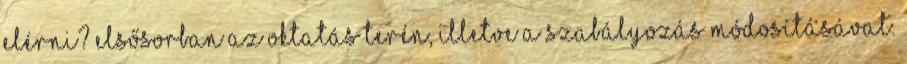
elérni? Elsősorban az oktatás terén, illetve a szabályozás módosításával.